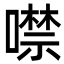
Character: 噤